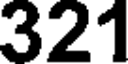
321